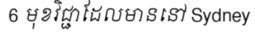
6 មុខវិជ្ជាដែលមាននៅ Sydney